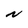
Character: N